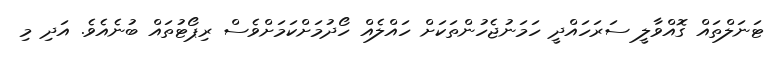
ޓަނަލްތައް ގޮއްވާލީ ސަރަހައްދީ ހަމަނުޖެހުންތަކަށް ހައްލެއް ހޯދުމަށްކަމަށްވެސް ރިޕޯޓުތައް ބުނެއެވެ. އަދި މި